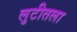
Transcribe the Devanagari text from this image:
लुटीतला